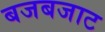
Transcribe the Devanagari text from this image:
बजबजाट